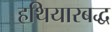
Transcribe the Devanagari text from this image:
हथियारबद्ध